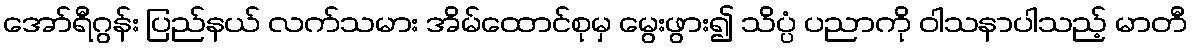
အော်ရီဂွန်း ပြည်နယ် လက်သမား အိမ်ထောင်စုမှ မွေးဖွား၍ သိပ္ပံ ပညာကို ဝါသနာပါသည့် မာတီ